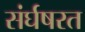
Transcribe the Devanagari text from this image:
संर्घषरत